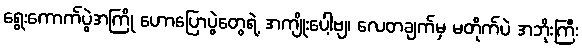
ရွေးကောက်ပွဲအကြို ဟောပြောပွဲတွေရဲ့ အကျိုးပေါ့ဗျ၊ လေတချက်မှ မတိုက်ပဲ အဘိုးကြီး